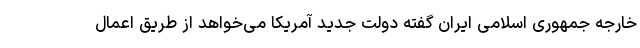
خارجه جمهوری اسلامی ایران گفته دولت جدید آمریکا می‌خواهد از طریق اعمال